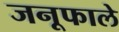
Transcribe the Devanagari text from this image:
जनूफाले